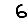
Digit: 6